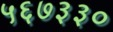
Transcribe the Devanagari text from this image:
५६७३३०